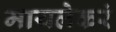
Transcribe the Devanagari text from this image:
मायलेकरं